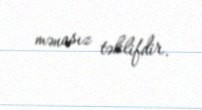
mənasız təklifdir.